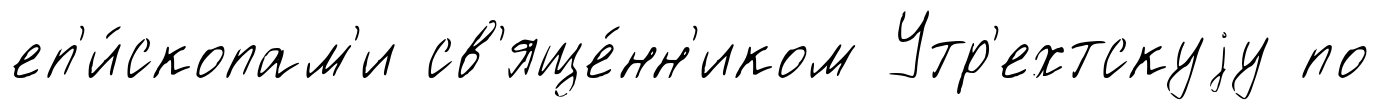
еп'и́скопам'и св'яще́нн'иком Утр'ехтскуjу по